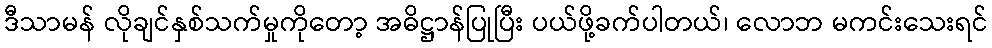
ဒီသာမန် လိုချင်နှစ်သက်မှုကိုတော့ အဓိဋ္ဌာန်ပြုပြီး ပယ်ဖို့ခက်ပါတယ်၊ လောဘ မကင်းသေးရင်